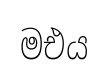
මඑය